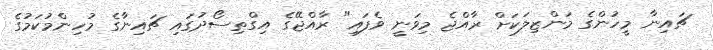
ޗައިނާ މީހުންގެ މަންޒިލަކަށް ރާއްޖެ މިވަނީ ވެފައި" ރާއްޖޭގެ އިގްތިސޯދުގައި ޗައިނާގެ މުހިންމުކަމުގެ